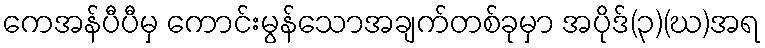
ကေအန်ပီပီမှ ကောင်းမွန်သောအချက်တစ်ခုမှာ အပိုဒ်(၃)(ဃ)အရ